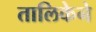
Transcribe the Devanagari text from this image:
तालिकेने